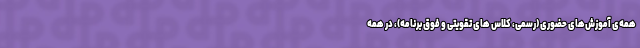
همه‌ی آموزش‌های حضوری (رسمی، کلاس های تقویتی و فوق برنامه)، در همه